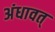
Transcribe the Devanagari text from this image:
अंधावत्